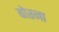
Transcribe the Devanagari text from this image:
बोस्ना